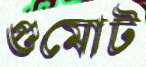
গুমোট